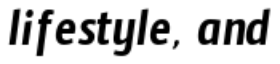
lifestyle, and